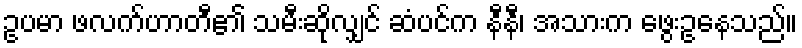
ဥပမာ ဖလက်ဟာတီ၏ သမီးဆိုလျှင် ဆံပင်က နီနီ၊ အသားက ဖွေးဥနေသည်။